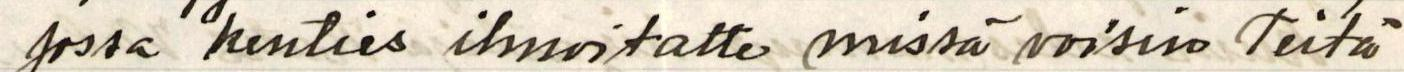
jossa kenties ilmoitatte missä voisin Teitä